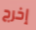
إخرج